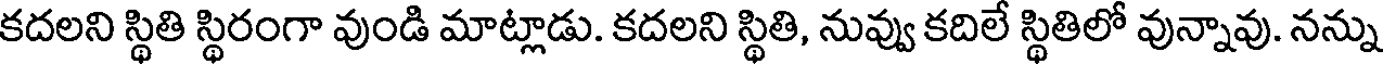
కదలని స్థితి స్థిరంగా వుండి మాట్లాడు. కదలని స్థితి, నువ్వు కదిలే స్థితిలో వున్నావు. నన్ను